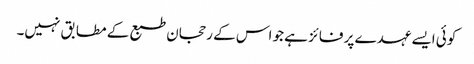
کوئی ایسے عہدے پر فائز ہے جو اس کے رحجان طبع کے مطابق نہیں۔